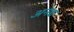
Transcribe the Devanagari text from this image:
अनद्य